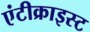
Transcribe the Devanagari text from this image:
एंटीक्राइस्ट